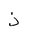
Letter: _thal